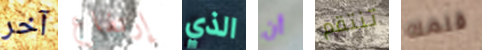
آخر إرتفاع الذي أن تنتقم قلمك